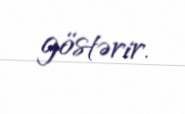
göstərir.